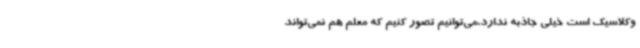
وکلاسیک است خیلی جاذبه ندارد.می‌توانیم تصور کنیم که معلم هم نمی‌تواند